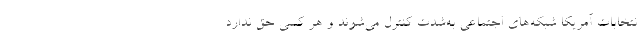
نتخابات آمریکا شبکه‌های اجتماعی به‌شدت کنترل می‌شوند و هر کسی حق ندارد